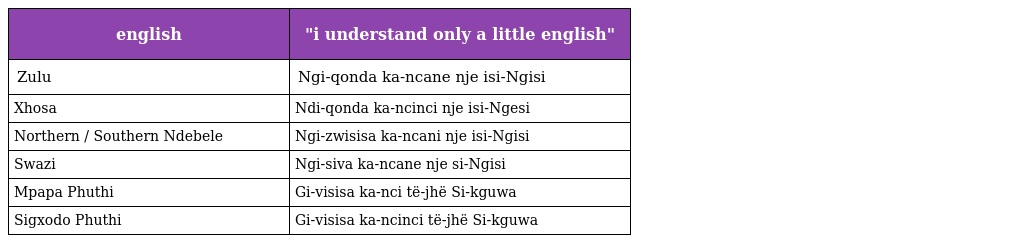
| english | "i understand only a little english" |
 | --- | --- |
 | Zulu | Ngi-qonda ka-ncane nje isi-Ngisi |
 | Xhosa | Ndi-qonda ka-ncinci nje isi-Ngesi |
 | Northern / Southern Ndebele | Ngi-zwisisa ka-ncani nje isi-Ngisi |
 | Swazi | Ngi-siva ka-ncane nje si-Ngisi |
 | Mpapa Phuthi | Gi-visisa ka-nci të-jhë Si-kguwa |
 | Sigxodo Phuthi | Gi-visisa ka-ncinci të-jhë Si-kguwa |